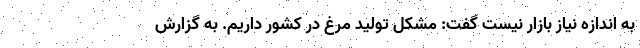
به اندازه نیاز بازار نیست گفت: مشکل تولید مرغ در کشور داریم. به گزارش